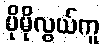
ပိုမိုလွယ်ကူ